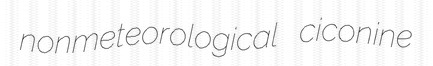
nonmeteorological ciconine